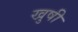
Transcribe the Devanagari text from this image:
खुषी